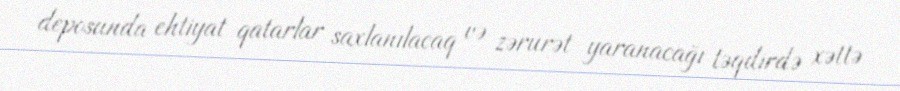
deposunda ehtiyat qatarlar saxlanılacaq və zərurət yaranacağı təqdirdə xəttə